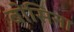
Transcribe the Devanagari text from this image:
बोसिना